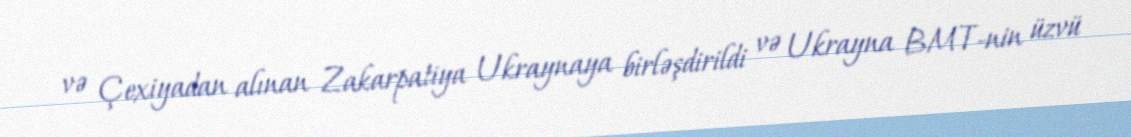
və Çexiyadan alınan Zakarpatiya Ukraynaya birləşdirildi və Ukrayna BMT-nin üzvü